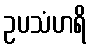
ဥပသံဟရိ